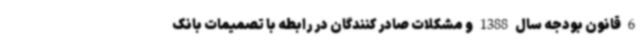
6 قانون بودجه سال 1388 و مشکلات صادر کنندگان در رابطه با تصمیمات بانک